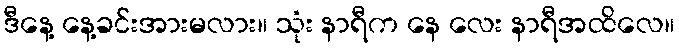
ဒီနေ့ နေ့ခင်းအားမလား။ သုံး နာရီက နေ လေး နာရီအထိလေ။